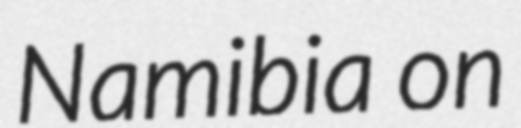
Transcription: Namibia on